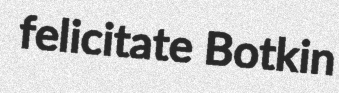
felicitate Botkin